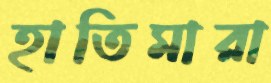
হাতিমারা